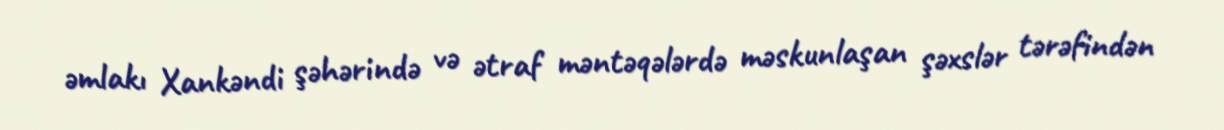
əmlakı Xankəndi şəhərində və ətraf məntəqələrdə məskunlaşan şəxslər tərəfindən